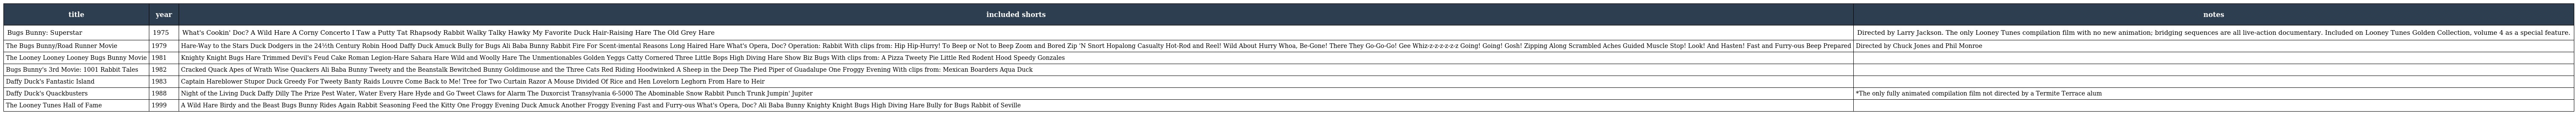
| title | year | included shorts | notes |
 | --- | --- | --- | --- |
 | Bugs Bunny: Superstar | 1975 | What's Cookin' Doc? A Wild Hare A Corny Concerto I Taw a Putty Tat Rhapsody Rabbit Walky Talky Hawky My Favorite Duck Hair-Raising Hare The Old Grey Hare | Directed by Larry Jackson. The only Looney Tunes compilation film with no new animation; bridging sequences are all live-action documentary. Included on Looney Tunes Golden Collection, volume 4 as a special feature. |
 | The Bugs Bunny/Road Runner Movie | 1979 | Hare-Way to the Stars Duck Dodgers in the 24½th Century Robin Hood Daffy Duck Amuck Bully for Bugs Ali Baba Bunny Rabbit Fire For Scent-imental Reasons Long Haired Hare What's Opera, Doc? Operation: Rabbit With clips from: Hip Hip-Hurry! To Beep or Not to Beep Zoom and Bored Zip 'N Snort Hopalong Casualty Hot-Rod and Reel! Wild About Hurry Whoa, Be-Gone! There They Go-Go-Go! Gee Whiz-z-z-z-z-z-z Going! Going! Gosh! Zipping Along Scrambled Aches Guided Muscle Stop! Look! And Hasten! Fast and Furry-ous Beep Prepared | Directed by Chuck Jones and Phil Monroe |
 | The Looney Looney Looney Bugs Bunny Movie | 1981 | Knighty Knight Bugs Hare Trimmed Devil's Feud Cake Roman Legion-Hare Sahara Hare Wild and Woolly Hare The Unmentionables Golden Yeggs Catty Cornered Three Little Bops High Diving Hare Show Biz Bugs With clips from: A Pizza Tweety Pie Little Red Rodent Hood Speedy Gonzales |  |
 | Bugs Bunny's 3rd Movie: 1001 Rabbit Tales | 1982 | Cracked Quack Apes of Wrath Wise Quackers Ali Baba Bunny Tweety and the Beanstalk Bewitched Bunny Goldimouse and the Three Cats Red Riding Hoodwinked A Sheep in the Deep The Pied Piper of Guadalupe One Froggy Evening With clips from: Mexican Boarders Aqua Duck |  |
 | Daffy Duck's Fantastic Island | 1983 | Captain Hareblower Stupor Duck Greedy For Tweety Banty Raids Louvre Come Back to Me! Tree for Two Curtain Razor A Mouse Divided Of Rice and Hen Lovelorn Leghorn From Hare to Heir |  |
 | Daffy Duck's Quackbusters | 1988 | Night of the Living Duck Daffy Dilly The Prize Pest Water, Water Every Hare Hyde and Go Tweet Claws for Alarm The Duxorcist Transylvania 6-5000 The Abominable Snow Rabbit Punch Trunk Jumpin' Jupiter | *The only fully animated compilation film not directed by a Termite Terrace alum |
 | The Looney Tunes Hall of Fame | 1999 | A Wild Hare Birdy and the Beast Bugs Bunny Rides Again Rabbit Seasoning Feed the Kitty One Froggy Evening Duck Amuck Another Froggy Evening Fast and Furry-ous What's Opera, Doc? Ali Baba Bunny Knighty Knight Bugs High Diving Hare Bully for Bugs Rabbit of Seville |  |